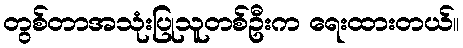
တွစ်တာအသုံးပြုသူတစ်ဦးက ရေးထားတယ်။